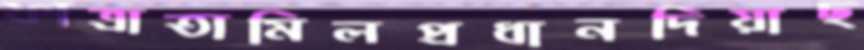
ফাত্রাতামিলপ্রধানদিয়াছ